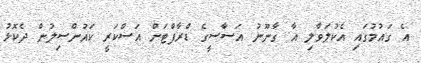
އެ ގައުމުގައި އެކުލަވާލި އާ ގާނޫނު އަސާސީގެ ޑްރާފްޓަށް އަސްކަރީ ކައުންސިލުން ދެކޮޅު